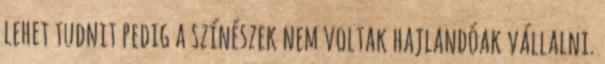
lehet tudnit pedig a színészek nem voltak hajlandóak vállalni.